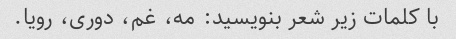
با کلمات زیر شعر بنویسید: مه، غم، دوری، رویا.